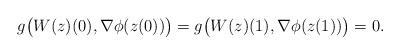
LaTeX: \begin{align*}g\big(W(z)(0),\nabla \phi(z(0))\big)=g\big(W(z)(1),\nabla \phi(z(1))\big)=0.\end{align*}